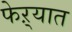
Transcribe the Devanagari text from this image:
फेऱ्यात